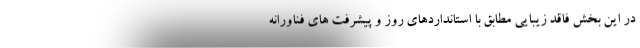
در این بخش فاقد زیبایی مطابق با استانداردهای روز و پیشرفت های فناورانه